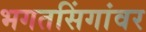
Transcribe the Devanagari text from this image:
भगतसिंगांवर